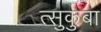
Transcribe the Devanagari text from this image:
त्सुकुबा